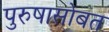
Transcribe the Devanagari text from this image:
पुरुषासोबत